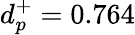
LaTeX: d_{p}^{+}=0.764